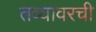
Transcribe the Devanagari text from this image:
तव्यावरची